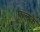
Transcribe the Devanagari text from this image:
फलके